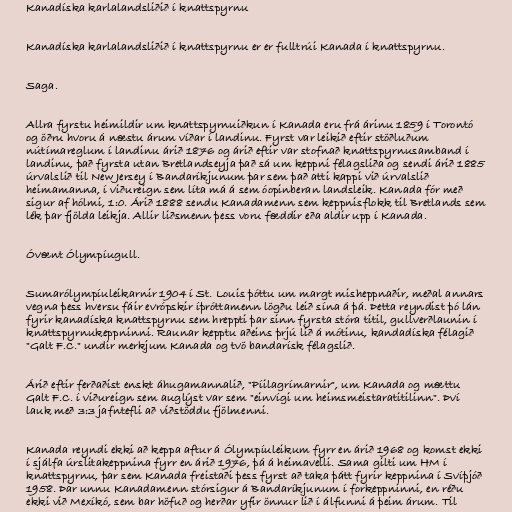
Kanadíska karlalandsliðið í knattspyrnu

Kanadíska karlalandsliðið í knattspyrnu er er fulltrúi Kanada í knattspyrnu.

Saga.

Allra fyrstu heimildir um knattspyrnuiðkun í Kanada eru frá árinu 1859 í Torontó
og öðru hvoru á næstu árum víðar í landinu. Fyrst var leikið eftir stöðluðum
nútímareglum í landinu árið 1876 og árið eftir var stofnað knattspyrnusamband í
landinu, það fyrsta utan Bretlandseyja það sá um keppni félagsliða og sendi árið 1885
úrvalslið til New Jersey í Bandaríkjunum þar sem það atti kappi við úrvalslið
heimamanna, í viðureign sem líta má á sem óopinberan landsleik. Kanada fór með
sigur af hólmi, 1:0. Árið 1888 sendu Kanadamenn sem keppnisflokk til Bretlands sem
lék þar fjölda leikja. Allir liðsmenn þess voru fæddir eða aldir upp í Kanada.

Óvænt Ólympíugull.

Sumarólympíuleikarnir 1904 í St. Louis þóttu um margt misheppnaðir, meðal annars
vegna þess hversu fáir evrópskir íþróttamenn lögðu leið sína á þá. Þetta reyndist þó lán
fyrir kanadíska knattspyrnu sem hreppti þar sinn fyrsta stóra titil, gullverðlaunin í
knattspyrnukeppninni. Raunar kepptu aðeins þrjú lið á mótinu, kandadíska félagið
"Galt F.C." undir merkjum Kanada og tvö bandarísk félagslið.

Árið eftir ferðaðist enskt áhugamannalið, "Píilagrímarnir", um Kanada og mættu
Galt F.C. í viðureign sem auglýst var sem "einvígi um heimsmeistaratitilinn". Því
lauk með 3:3 jafntefli að viðstöddu fjölmenni.

Kanada reyndi ekki að keppa aftur á Ólympíuleikum fyrr en árið 1968 og komst ekki
í sjálfa úrslitakeppnina fyrr en árið 1976, þá á heimavelli. Sama gilti um HM í
knattspyrnu, þar sem Kanada freistaði þess fyrst að taka þátt fyrir keppnina í Svíþjóð
1958. Þar unnu Kanadamenn stórsigur á Bandaríkjunum í forkeppninni, en réðu
ekki við Mexíkó, sem bar höfuð og herðar yfir önnur lið í álfunni á þeim árum. Til